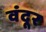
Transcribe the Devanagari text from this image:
वंदूर